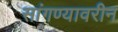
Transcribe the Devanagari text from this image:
सांगण्यावरीन